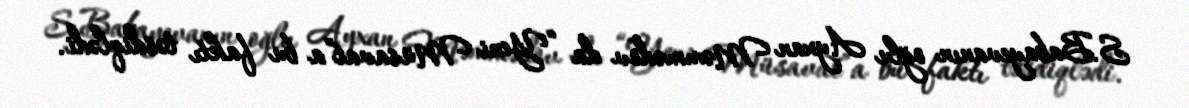
S.Babayevanın oğlu Ayxan Məmmədov da “Yeni Müsavat”a bu faktı təsdiqlədi.